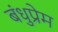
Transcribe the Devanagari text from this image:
बंधुप्रेम